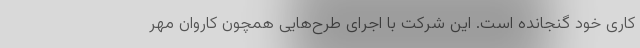
کاری خود گنجانده است. این شرکت با اجرای طرح‌هایی همچون کاروان مهر